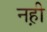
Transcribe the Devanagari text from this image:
नह़ी